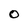
Character: O